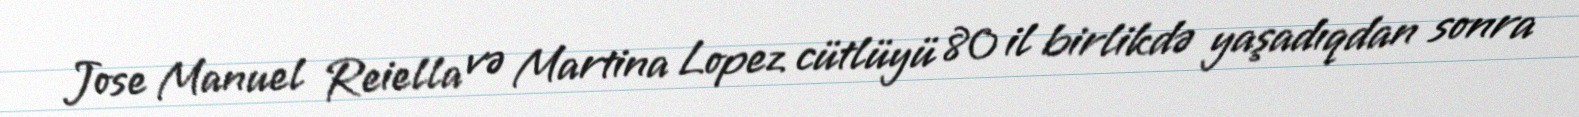
Jose Manuel Reiella və Martina Lopez cütlüyü 80 il birlikdə yaşadıqdan sonra